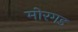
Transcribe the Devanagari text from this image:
मोरगड